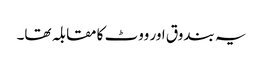
یہ بندوق اور ووٹ کا مقابلہ تھا۔